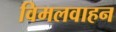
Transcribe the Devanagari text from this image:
विमलवाहन